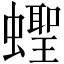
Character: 蟶